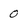
Character: 0